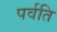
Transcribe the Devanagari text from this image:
पर्वति